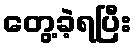
တွေ့ခဲ့ရပြီး